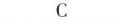
C